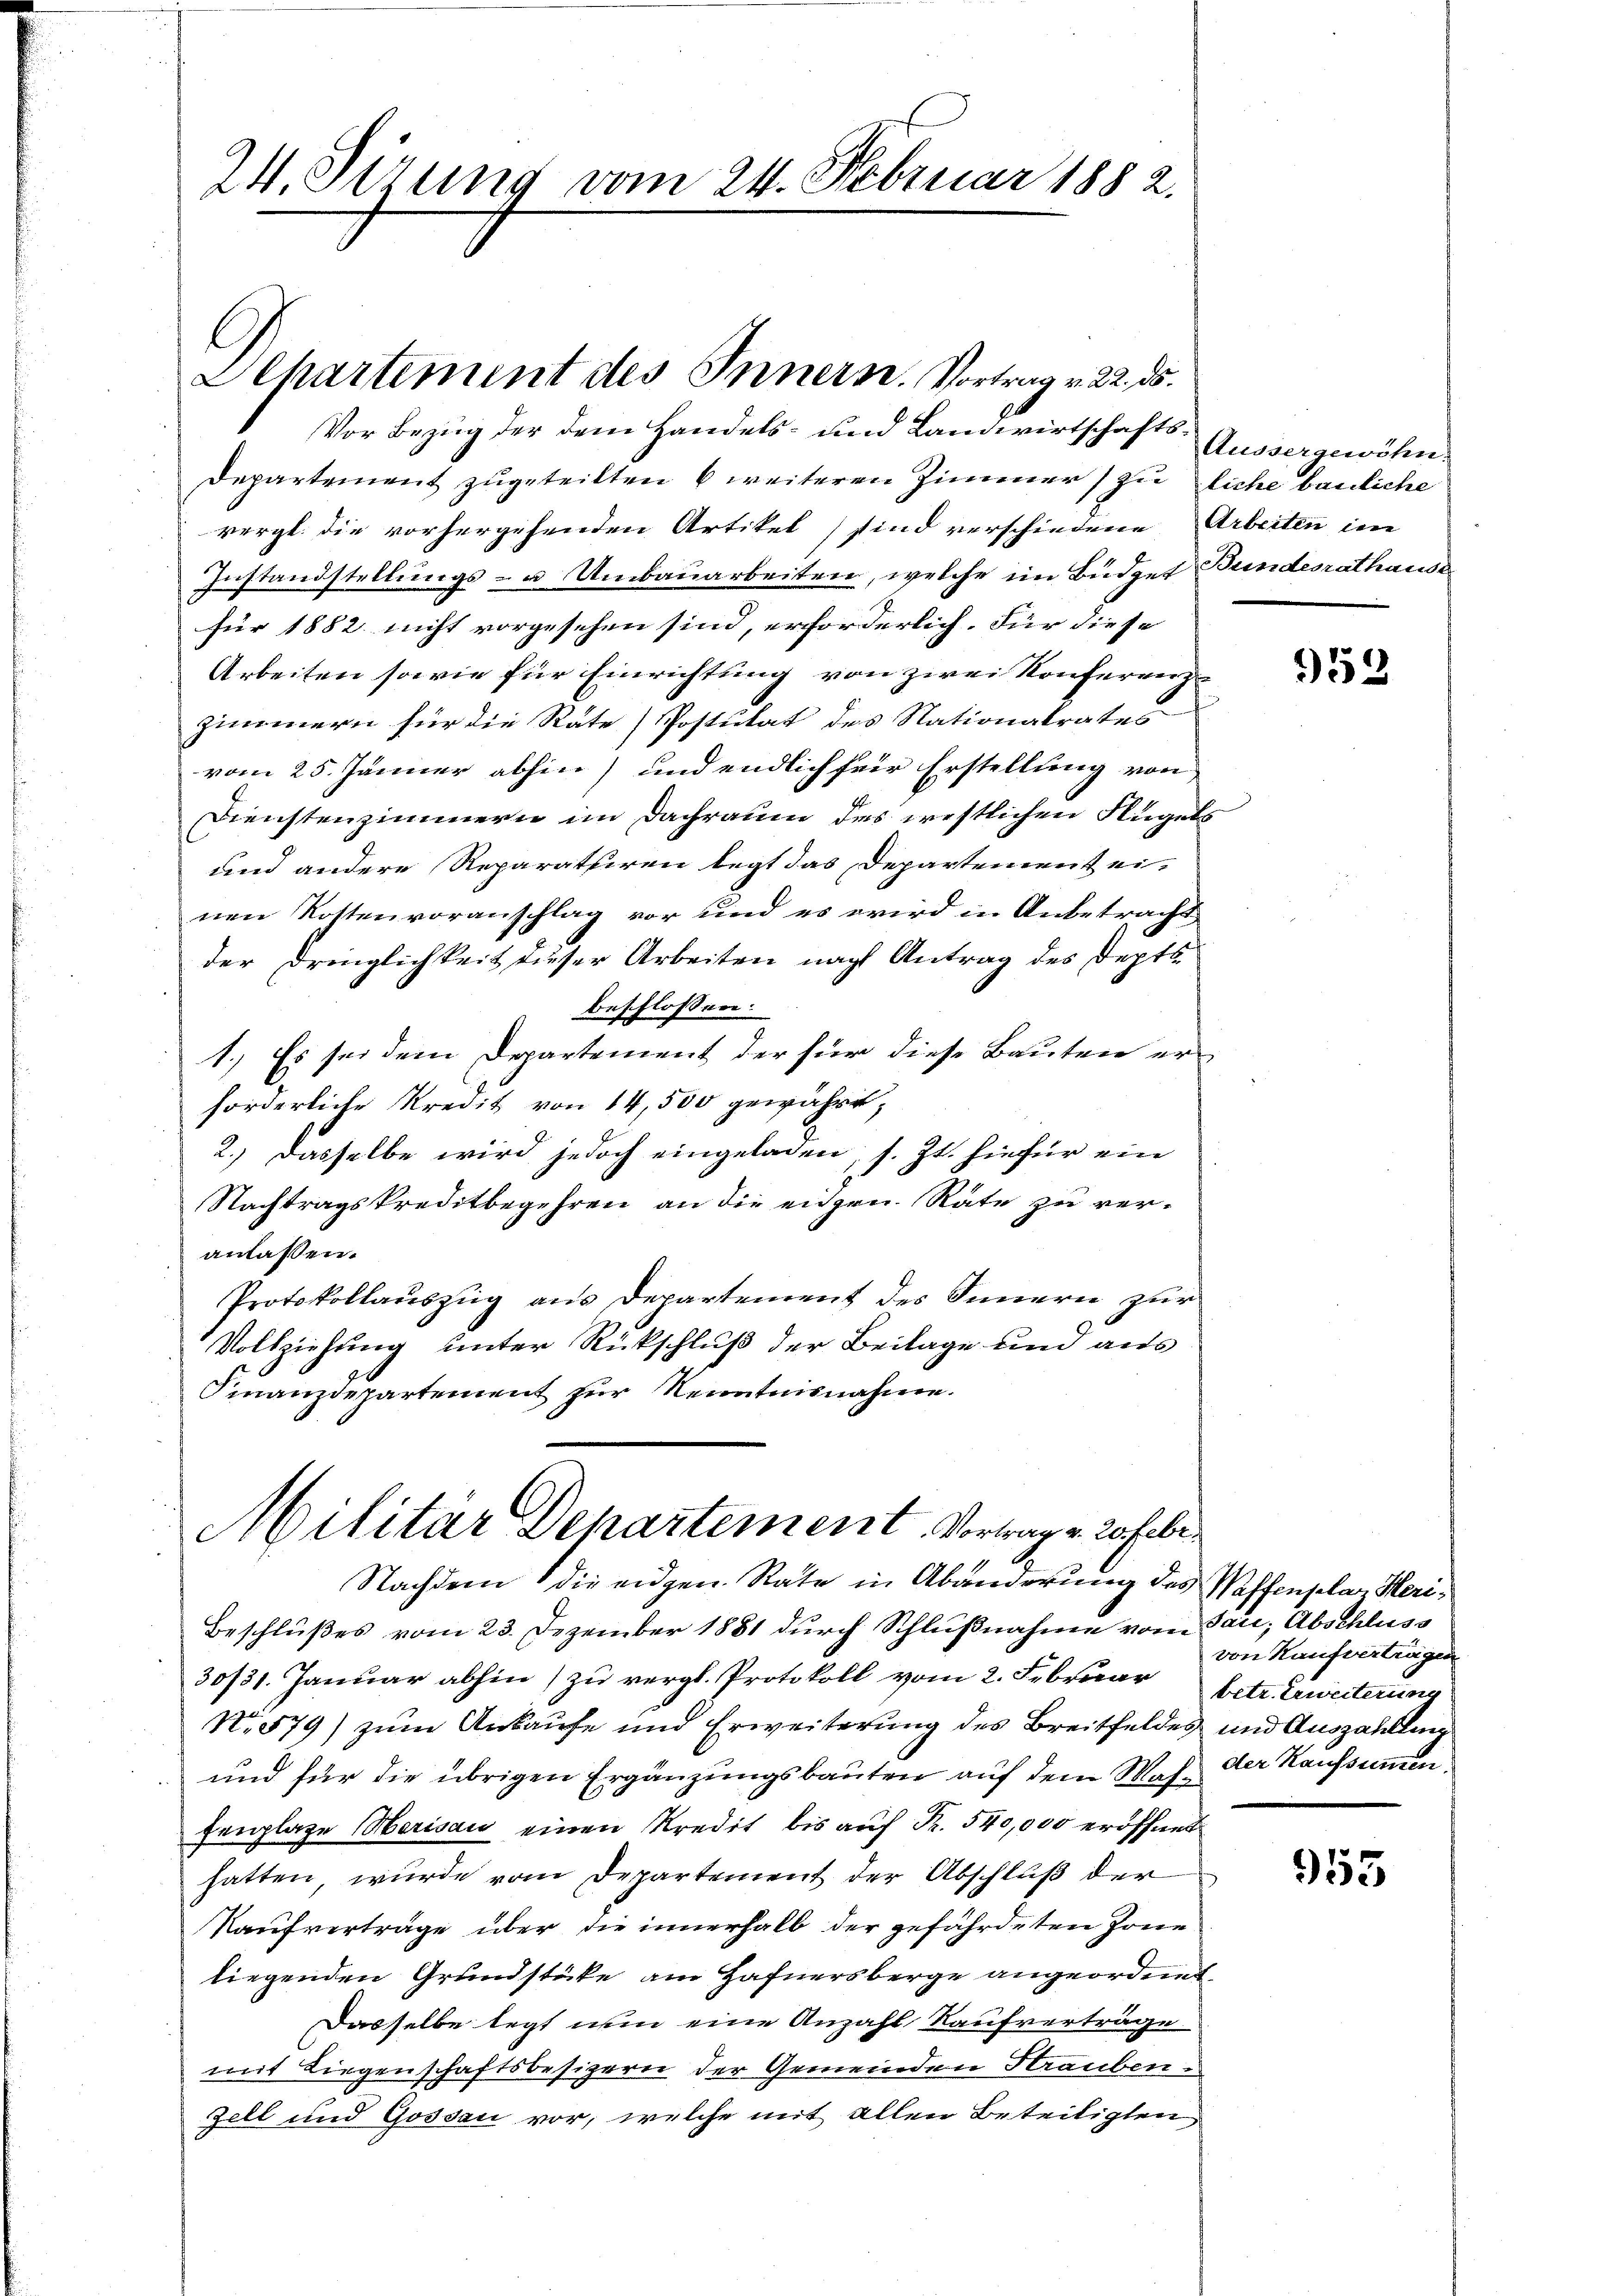
Vor Bezug der dem Handels- und Landwirtschafts¬
Departement zugeteilten 6 weiteren Zimmer zu liche bauliche
vergl. die vorhergehenden Artikel sind verschiedene Arbeiten im
Instandstellungs- u. Umbauarbeiten, welche im Büdget Bundesrathaus
für 1882 nicht vorgesehen sind, erforderlich. Für diese
Arbeiten sowie für Einrichtung von zwei Konferenz-
Zimmern für die Rate Postulat des Nationalrates
vom 25. Jänner abhin) und endlich für Erstellung von
Dienstenzimmern im Dachraum des westlichen Flügels
und andere Reparatuiren legt das Departement ei-
nen Kostenvoranschlag vor und es wird in Anbetracht
der Dringlichkeit dieser Arbeiten nach Antrag des Depts
beschlossen:
1.) Es sei dem Departement der für diese Bauten erforderliche Kredit von 14,500 gewährt;
2.) Dasselbe wird jedoch eingeladen, s. Zt. hiefür ein
Nachtragskreditbegehren an die eidgen. Räte zu veranlassen.
Protokollauszug aus Departement des Innern zur
Vollziehung unter Rückschluß der Beilage und aus
Finanzdepartement zur Kenntnisnahme.

24. Sizung vom 24. Februar 1882.

Ahartement des Innern. Vortrag v. 22. ds.

Militär Departement, Vortrag v. Joh bi

Nachdem die eiden Rate in Abänderung des Waffenplan Heri¬
Beschlußes vom 23. Dezember 1881 durch Schlußnahme vom Sau; Abschluss
30/31. Januar abhin) zu vergl. Protokoll vom 2. Februar Ertr. Erweiterung
N. 579) zum Ankaufe und Erweiterung des Breitfeldes und Auszahlung
 und für die übrigen Ergänzungsbauten auf dem Was der Kaufsummenfenplaze Herisau einen Kredit bis auf Fr. 540,000 eröffnet
hatten, wurde vom Departement der Abschluß der
Kaufverträge über die innerhalb der gefährdeten Jone
liegenden Grundstücke am Hafnersberge angeordnet
Dasselbe legt wir eine Anzahl Kaufverträge
mit Liegenschaftsbesizern der Gemeinden Strauben
Zell und Gossau vor, welche mit allen Beteiligten

Aussergewöhn

953

von Kaufverträgen

953